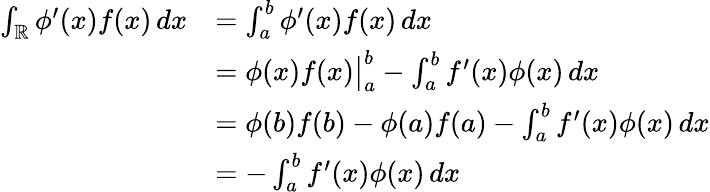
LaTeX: {\begin{array}{rl}{\int_{\mathbb{R}}\phi^{\prime}(x)f(x)\, dx}&{=\int_{a}^{b}\phi^{\prime}(x)f(x)\, dx}\\ &{=\phi(x)f(x){\big\vert}_{a}^{b}-\int_{a}^{b}f^{\prime}(x)\phi(x)\, dx}\\ &{=\phi(b)f(b)-\phi(a)f(a)-\int_{a}^{b}f^{\prime}(x)\phi(x)\, dx}\\ &{=-\int_{a}^{b}f^{\prime}(x)\phi(x)\, dx}\end{array}}